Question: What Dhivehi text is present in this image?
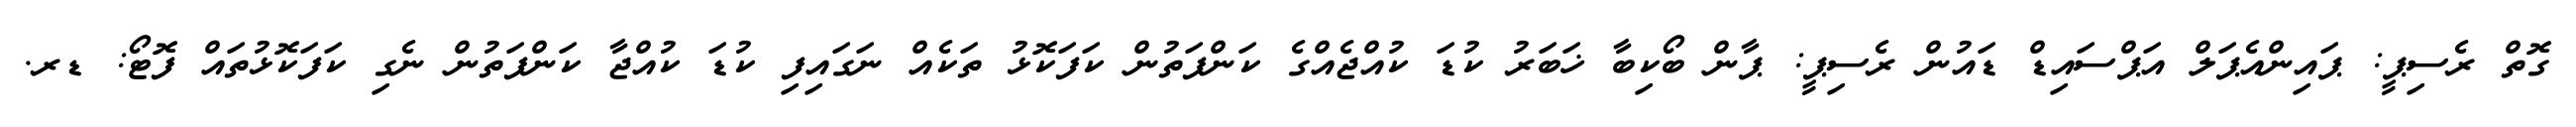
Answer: ގޮތް ރެސިޕީ: ޕައިންއެޕަލް އަޕްސައިޑް ޑައުން ރެސިޕީ: ޕާން ބޯކިބާ ޚަބަރު ކުޑަ ކުއްޖެއްގެ ކަންފަތުން ކަފަކޮޅު ތަކެއް ނަގައިފި ކުޑަ ކުއްޖާ ކަންފަތުން ނެގި ކަފަކޮޅުތައް ފޮޓޯ: ޑރ.